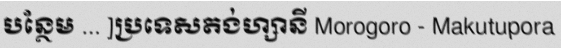
បន្ថែម ... ]ប្រទេសតង់ហ្សានី Morogoro - Makutupora